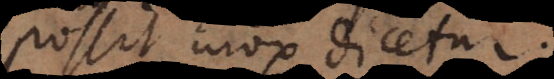
possit mox dicetur.